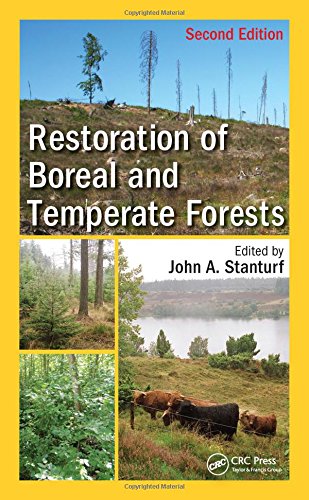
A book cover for Restoration of Boreal and Temperate Forests, Second Edition (Integrative Studies in Water Management & Land Deve); Science & Math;